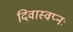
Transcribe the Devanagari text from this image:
दिवास्वप्नः